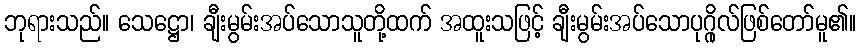
ဘုရားသည်။ သေဋ္ဌော၊ ချီးမွမ်းအပ်သောသူတို့ထက် အထူးသဖြင့် ချီးမွမ်းအပ်သောပုဂ္ဂိုလ်ဖြစ်တော်မူ၏။